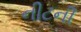
નીટની